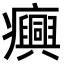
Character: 𤼈